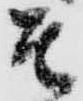
そ